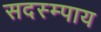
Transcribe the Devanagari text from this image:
सदस्म्पाय